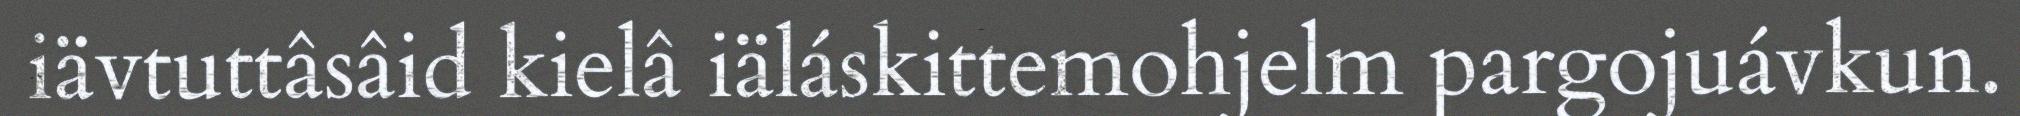
iävtuttâsâid kielâ iäláskittemohjelm pargojuávkun.